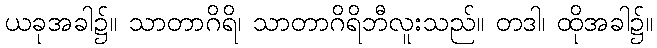
ယခုအခါ၌။ သာတာဂိရိ၊ သာတာဂိရိဘီလူးသည်။ တဒါ၊ ထိုအခါ၌။